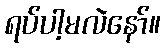
ရပ်ပါ့မလဲနော်။